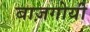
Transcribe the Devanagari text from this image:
बाज़गोयी